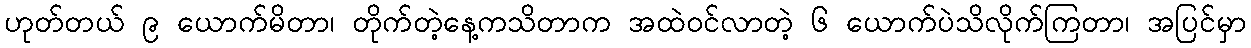
ဟုတ်တယ် ၉ ယောက်မိတာ၊ တိုက်တဲ့နေ့ကသိတာက အထဲဝင်လာတဲ့ ၆ ယောက်ပဲသိလိုက်ကြတာ၊ အပြင်မှာ